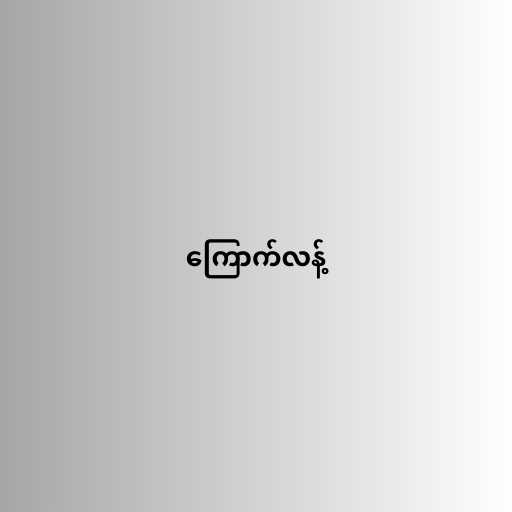
ကြောက်လန့်